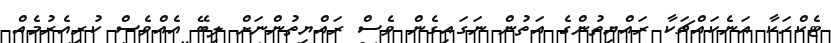
ޓެކްހަކާ އަނެކައްޗަކާ ރައްޔިތުންގެ އަތުން ނަގައިގެން ވެސް ރައްޔިތުންނަށް ލިބޭ އެއްވެސް ކުރިއެރުމެއް